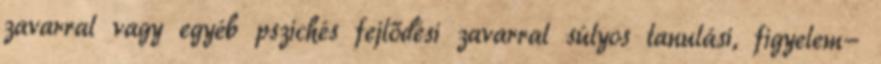
zavarral vagy egyéb pszichés fejlődési zavarral súlyos tanulási, figyelem-